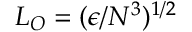
L _ { O } = ( \epsilon / N ^ { 3 } ) ^ { 1 / 2 }